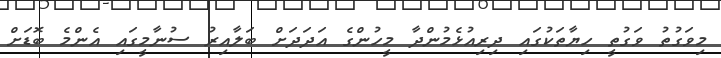
މިވަގުތު ވަގުތީ ހިޔާތަކުގައި ދިރިއުޅެމުންދާ މީހުންގެ އަދަދަށް ބަލާއިރު ސުނާމީގައި އެންމެ ބޮޑަށް